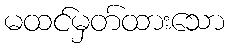
မထင်မှတ်ထားသော